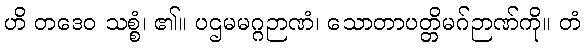
ဟိ တဒေဝ သစ္စံ၊ ၏။ ပဌမမဂ္ဂဉာဏံ၊ သောတာပတ္တိမဂ်ဉာဏ်ကို။ တံ